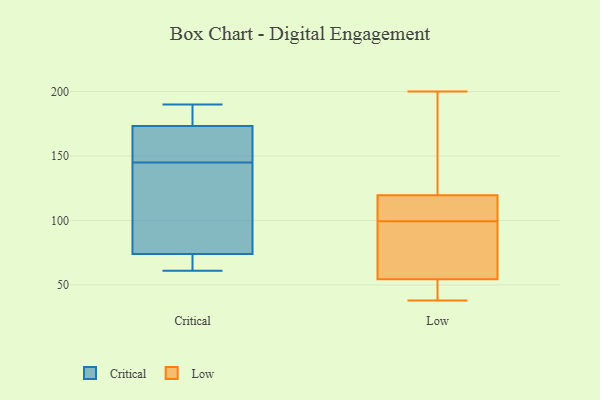
{"axis": {"x": "Production Output", "y": "Value"}, "legend": ["Critical", "Low"], "data": [{"x": "", "y": 190, "type": "Critical"}, {"x": "", "y": 156, "type": "Critical"}, {"x": "", "y": 141, "type": "Critical"}, {"x": "", "y": 186, "type": "Critical"}, {"x": "", "y": 71, "type": "Critical"}, {"x": "", "y": 61, "type": "Critical"}, {"x": "", "y": 145, "type": "Critical"}, {"x": "", "y": 77, "type": "Critical"}, {"x": "", "y": 171, "type": "Critical"}, {"x": "", "y": 73, "type": "Critical"}, {"x": "", "y": 174, "type": "Critical"}, {"x": "", "y": 41, "type": "Low"}, {"x": "", "y": 67, "type": "Low"}, {"x": "", "y": 121, "type": "Low"}, {"x": "", "y": 38, "type": "Low"}, {"x": "", "y": 118, "type": "Low"}, {"x": "", "y": 111, "type": "Low"}, {"x": "", "y": 80, "type": "Low"}, {"x": "", "y": 112, "type": "Low"}, {"x": "", "y": 106, "type": "Low"}, {"x": "", "y": 93, "type": "Low"}, {"x": "", "y": 52, "type": "Low"}, {"x": "", "y": 173, "type": "Low"}, {"x": "", "y": 57, "type": "Low"}, {"x": "", "y": 137, "type": "Low"}, {"x": "", "y": 200, "type": "Low"}, {"x": "", "y": 43, "type": "Low"}]}